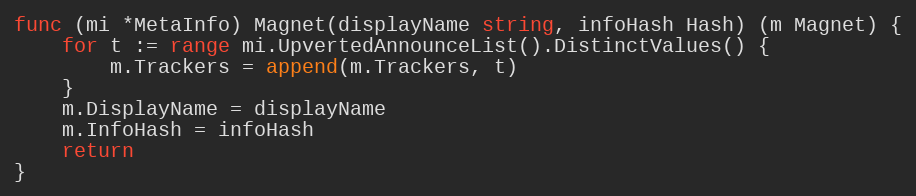
Language: Go
func (mi *MetaInfo) Magnet(displayName string, infoHash Hash) (m Magnet) {
	for t := range mi.UpvertedAnnounceList().DistinctValues() {
		m.Trackers = append(m.Trackers, t)
	}
	m.DisplayName = displayName
	m.InfoHash = infoHash
	return
}